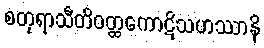
စတုရာသီတိဝတ္ထကောဋိသဟဿာနိ